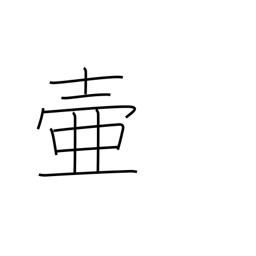
Meaning: jar